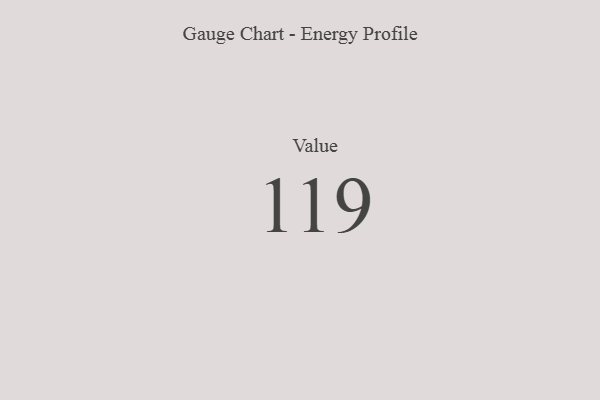
{"axis": {"x": "Metric", "y": "Value"}, "legend": [""], "data": [{"x": "Value", "y": 119, "type": ""}]}